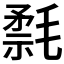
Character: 𰚮